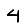
Digit: 4